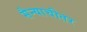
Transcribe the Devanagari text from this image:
सैन्याचीतर